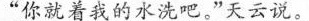
“你就着我的水洗吧。”天云说。